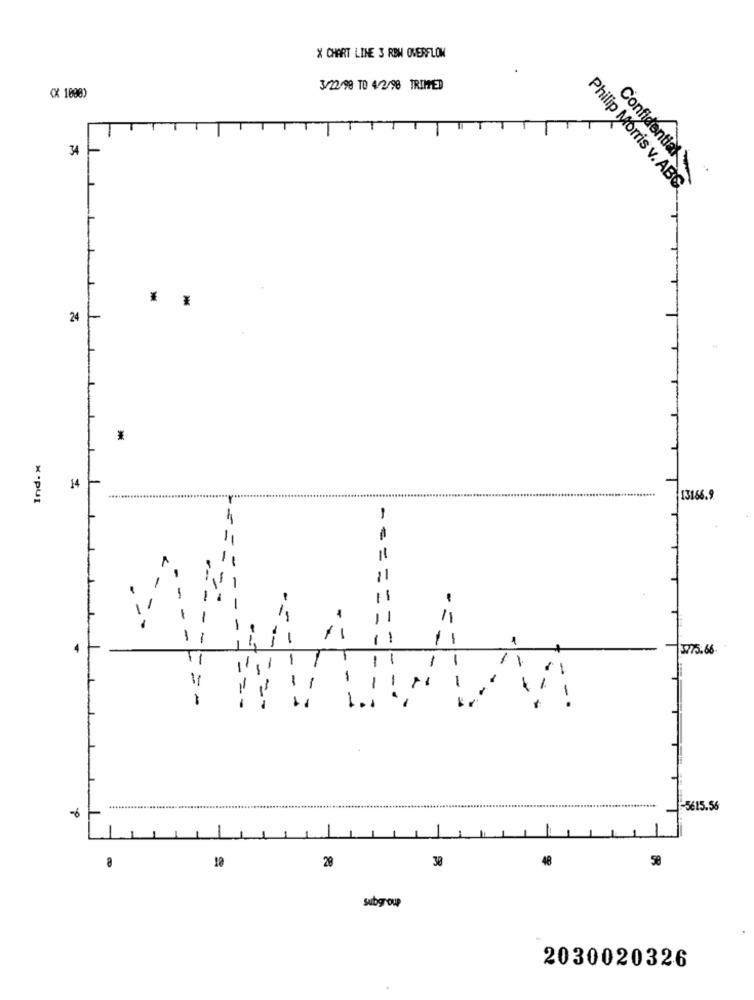
X CHART LINE 3 RBW OVERFLOW
.
3/22/98 TO 4/2/98 TRIMED
(X 1098)
34
Confidential
Philip Morris v. ABC
..
24
14
× -PUI
13166.9
-==
-
-
-
--
-
1,
-
-
11
-
1
--
3775.66.
-
-
-
-
-
-
-
--
-
-
= =
-=-
=-
-6
..........
-5615.56
8
48
58
10
28
38
subgroup
2030020326